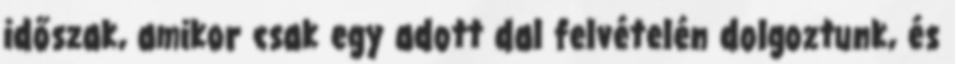
időszak, amikor csak egy adott dal felvételén dolgoztunk, és